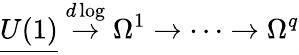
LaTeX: {\underline{{{U(1)}}}}\stackrel{d\log}{\to}\Omega^{1}\to\dots\to\Omega^{q}